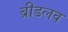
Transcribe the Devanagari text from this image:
ब्रीडलव